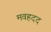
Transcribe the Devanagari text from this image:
मवहदद